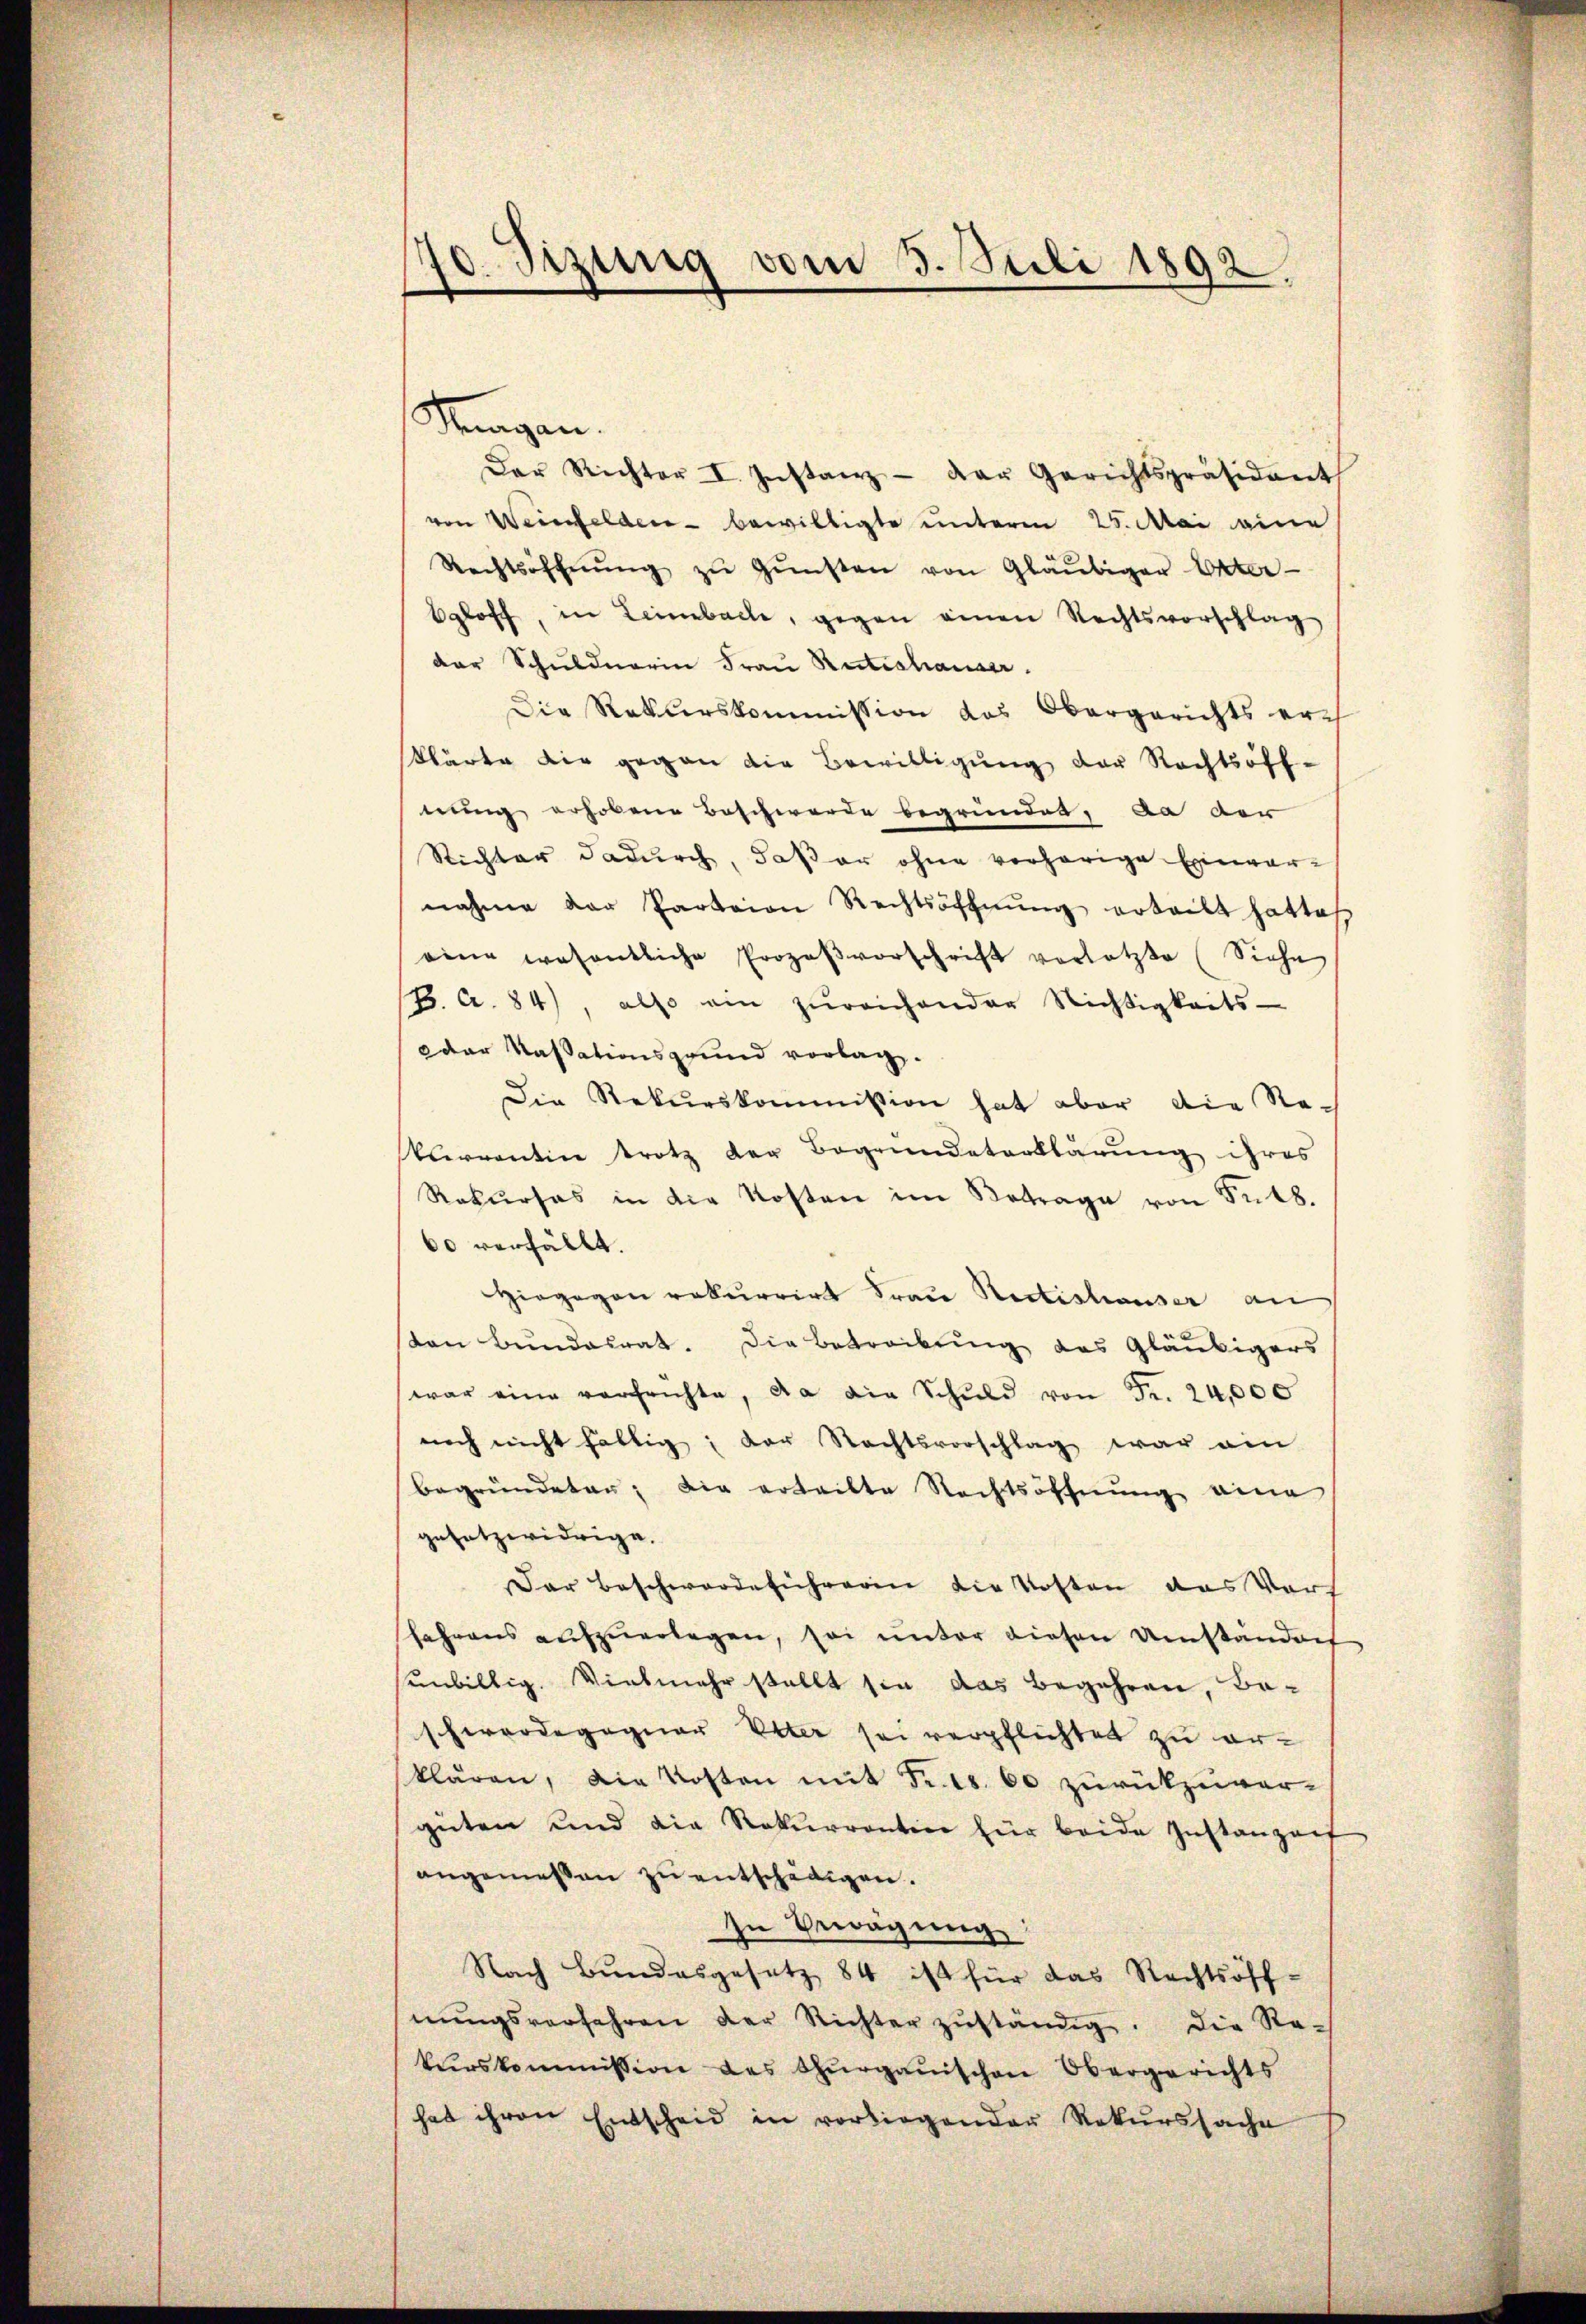
70. Sizung vom 3. Juli 1892.

Saagen.
Der Richter I. Instanz der Gerichtspräsident
von Weinfeldere bewilligte unterm 25. Mai eine
Rechtsoffnŭng zŭ Gŭnsten von Gläubiger Unter-
Egloff, in Leimbache, gegen einen Rechtsvorschlag
der Schuldnerin Frau Rutschauer.
Die Rekurskommission das Obergerichts er
klärte die gegen die Bewilligung der Rechtsoff-
nung erhobene Beschwerde begründet, da der
Richter dadurch, daß er ohne verhörige Einver-
nahme der Parteien Rechtsoffnŭng erteilt hatte
eine wesentliche Prozeβvorschrift vorletzte (Siehe
(H. A. 84), also ein zŭreichender Nichtigkeits-
Dar Kassationsgrund vorlag.
Die Rekurskommission hat aber die Re-
kurrentin trotz der Begründeterklärung ihres
Rekŭrses in die Kosten im Betrage von Frk.
60 verfällt.
Hiegegen rekurrirt Frau Rectishauser an
san Bŭndesrat. Die Betreibung des Gläubigers
war eine verheichte, da die Schuld von Fr. 24,000
noch nicht faltig; der Rechtsvorschlag war ein
begründeten; die ertritte Nachtsoffnŭng eine
gesetzwidrige.
Der Beschwerde sicheren die Kosten das Vors
fahrens aufzuerlegen, sei unter diesen Umständnis
sunbillig. Vielmehr stellt sie das Begehren, Beschwerdegegner Elter sei verpflichten zu erklären, die Kosten mit Fr. 18. 60 zurückzuver-
gŭten und die Rekŭrrentin für beide Instanzeit
angemessen zŭ entschädigen.
In Bewägung
Nach Bundesgesetz 84 ist für das Rechtsöff-
nŭngsverfahren der Richter zŭständig. Die Re-
kurskommission des Thurgauischen Obergerichts
hat ihren Entscheid in vorliegender Rekurssache